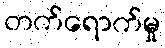
တက်ရောက်မှု